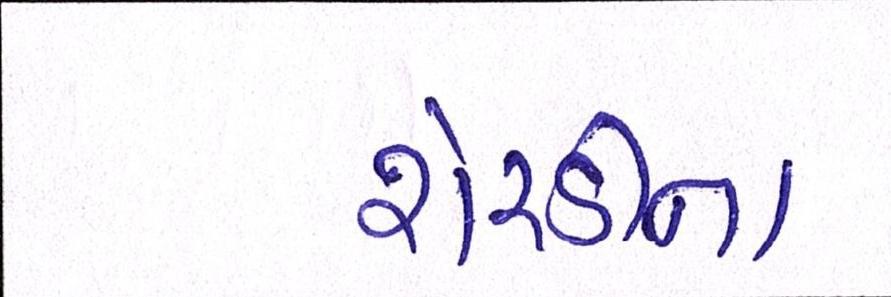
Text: શેરડીના